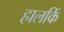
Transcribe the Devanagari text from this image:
हालकिं